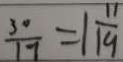
\frac { 3 0 } { 1 7 } = 1 \frac { 1 1 } { 1 9 }